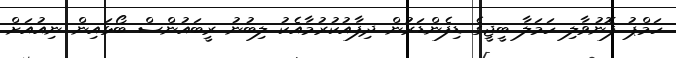
ހަމްޕު ފޮނުވާލި ހަމަލާ ބީޖީގެ ޑިފެންޑަރުން ދިފާއުކުރުމާއެކު ލިބުނު ރީބައުންސް ބޯޅައިން ނިއުއަށް